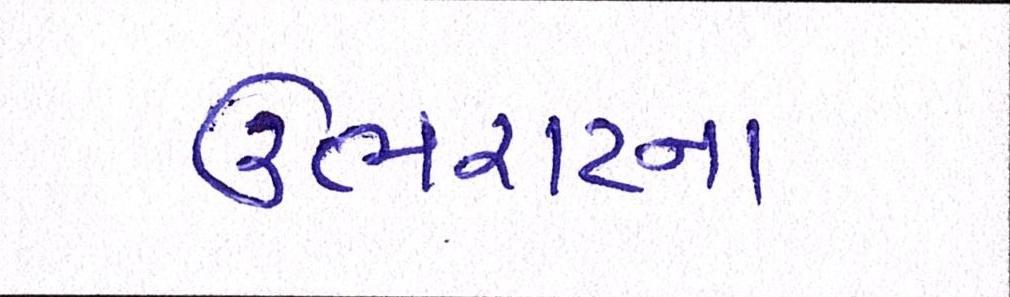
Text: ઉભરાટના